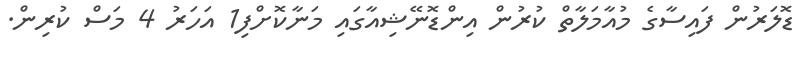
ޑޮލަރުން ފައިސާގެ މުއާމަލާތް ކުރުން އިންޑޮނޭޝިއާގައި މަނާކޮށްފި1 އަހަރު 4 މަސް ކުރިން.